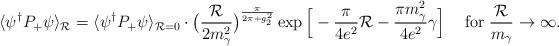
LaTeX: \begin{align*}\langle\psi^{\dagger} P_+\psi\rangle_{\cal{R}}=\langle\psi^{\dagger}P_+\psi\rangle_{{\cal{R}}=0}\cdot\big(\frac{{\cal{R}}}{2m_\gamma^2}\big)^{\frac{\pi}{2\pi+g_2^2}}\exp\Big[-\frac{\pi}{4e^2}{\cal{R}}- \frac{\pi m_\gamma^2}{4e^2}\gamma\Big]\hspace{.5cm}\hbox{for}\;\frac{{\cal{R}}}{m_\gamma}\rightarrow\infty.\end{align*}